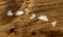
بصراحه